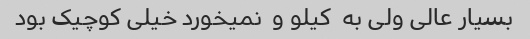
بسیار عالی ولی به  کیلو و  نمیخورد خیلی کوچیک بود